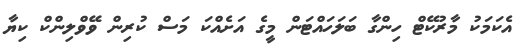
އެކަމަކު މާރުކޭޓް ހިންގާ ބަލަހައްޓަން މީގެ އަށެއްކަ މަސް ކުރިން ވޭވްލިންކް ކިޔާ